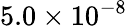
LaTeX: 5.0\times 10^{-8}